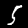
Label: 5